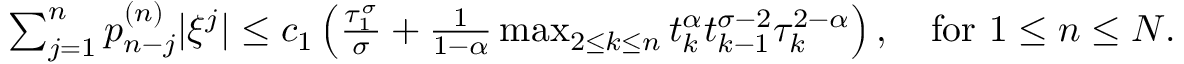
\begin{array} { r } { \sum _ { j = 1 } ^ { n } p _ { n - j } ^ { ( n ) } | \xi ^ { j } | \le c _ { 1 } \left( \frac { \tau _ { 1 } ^ { \sigma } } { \sigma } + \frac { 1 } { 1 - \alpha } \operatorname* { m a x } _ { 2 \le k \le n } t _ { k } ^ { \alpha } t _ { k - 1 } ^ { \sigma - 2 } \tau _ { k } ^ { 2 - \alpha } \right) , \quad \mathrm { f o r } ~ 1 \le n \le N . } \end{array}